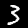
Digit: 3